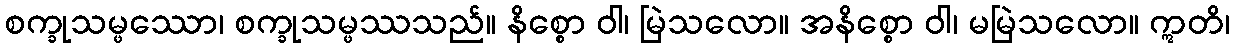
စက္ခုသမ္ဖဿော၊ စက္ခုသမ္ဖဿသည်။ နိစ္စော ဝါ၊ မြဲသလော။ အနိစ္စော ဝါ၊ မမြဲသလော။ ဣတိ၊